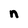
Character: n